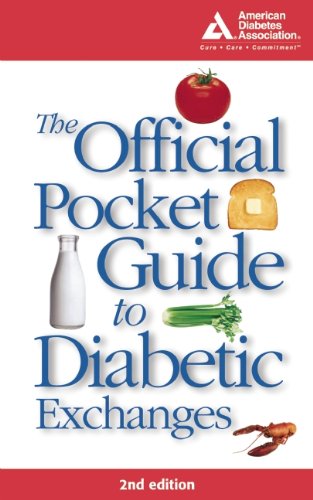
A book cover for The Official Pocket Guide to Diabetic Exchanges; American Diabetes Association; Health, Fitness & Dieting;